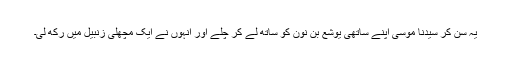
یہ سن کر سیدنا موسیٰؑ اپنے ساتھی یوشع بن نونؑ کو ساتھ لے کر چلے اور انہوں نے ایک مچھلی زنبیل میں رکھ لی۔